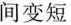
间变短